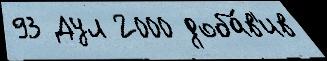
93 Дул 2000 доба́в'ив